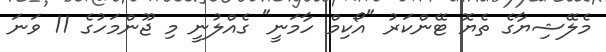
މެލޭޝިޔާގެ ތެޔޮ ޓޭންކަރު "އޯކިމް ހާމަނީ" ގެއްލުނީ މި ޖޫންމަހުގެ 11 ވަނަ